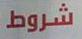
شروط